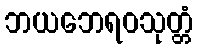
ဘယဘေရဝသုတ္တံ